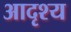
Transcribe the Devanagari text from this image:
आदृश्य